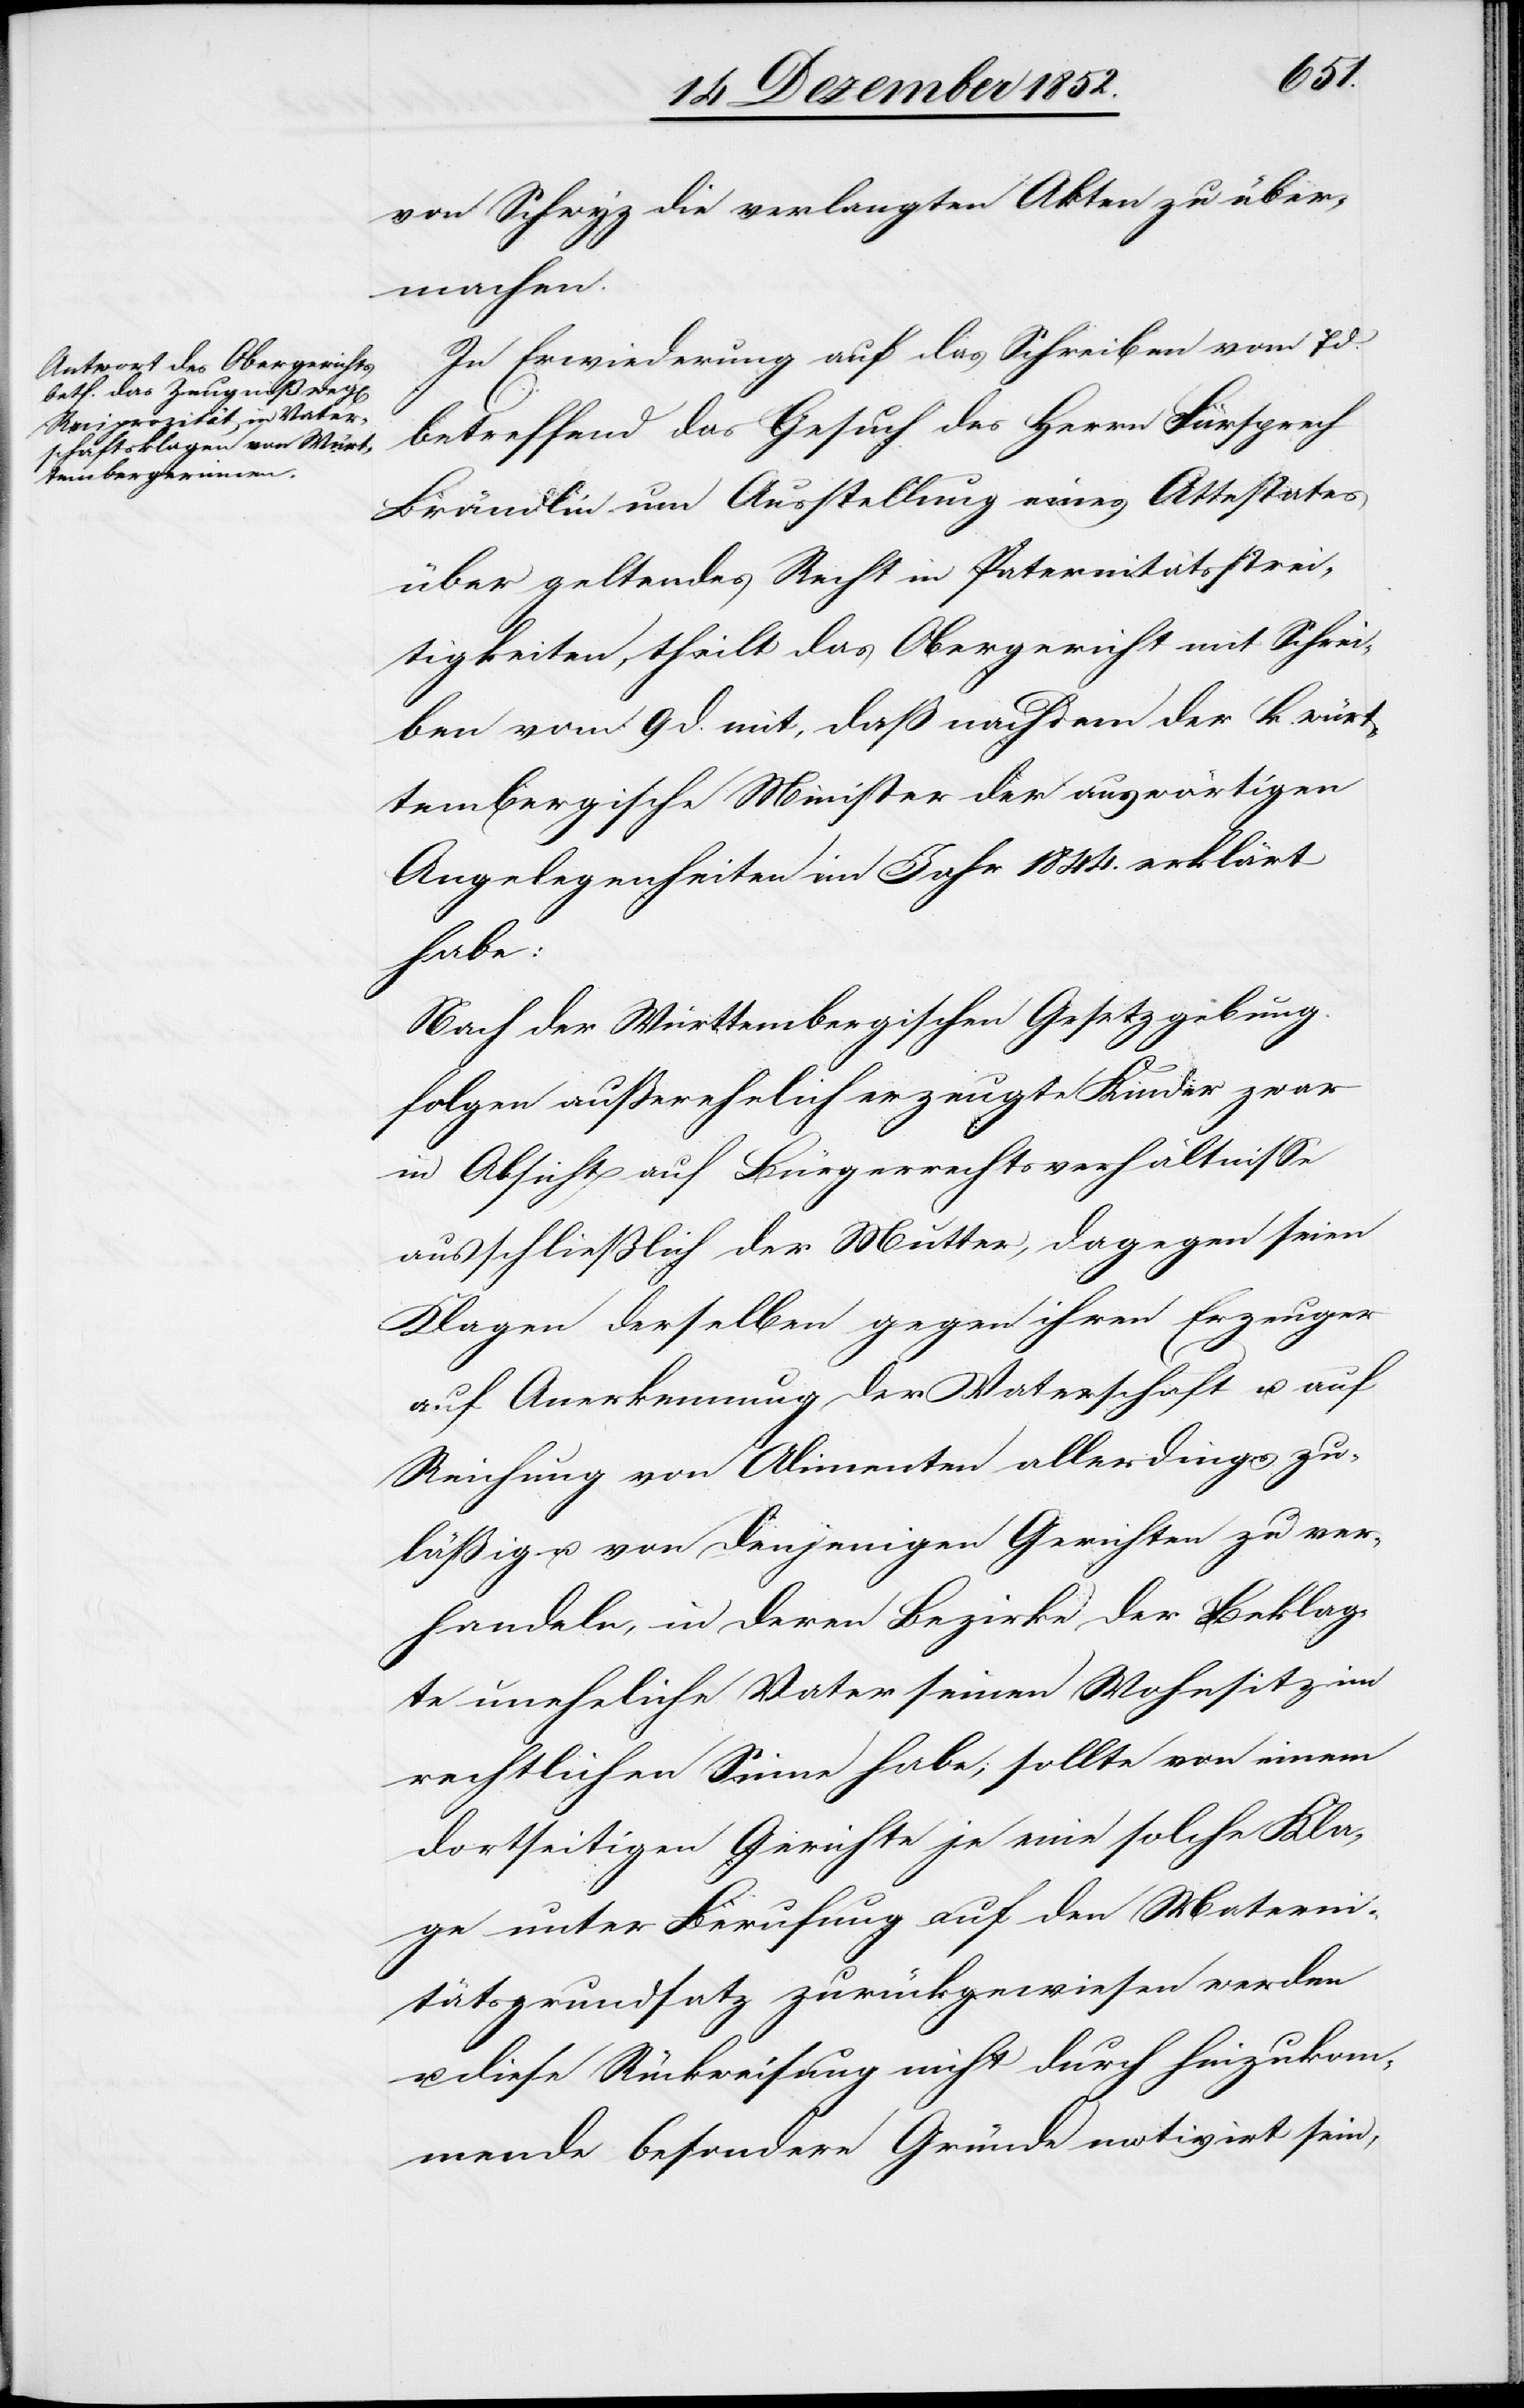
von Schwyz die verlangten Akten zu über¬
machen.
In Erwiederung auf das Schreiben vom 7 d.
betreffend das Gesuch des Herrn Fürsprech
Brändlin um Ausstellung eines Attestates
über geltendes Recht in Paternitätsstrei¬
tigkeiten, theilt das Obergericht mit Schrei¬
ben vom 9 d. mit, daß nachdem der k. würt¬
tembergische Minister der auswärtigen
Angelegenheiten im Jahr 1844. erklärt
habe:
[„]Nach der Württembergischen Gesetzgebung
folgen außerehelich erzeugte Kinder zwar
in Absicht auf Bürgerrechtsverhältnisse
ausschließlich der Mutter, dagegen seien
Klagen derselben gegen ihren Erzeuger
auf Anerkennung der Vaterschaft u. auf
Reichung von Alimenten allerdings zu¬
läßig u. von denjenigen Gerichten zu ver¬
handeln, in deren Bezirke der Beklag¬
te uneheliche Vater seinen Wohnsitz im
rechtlichen Sinne habe; sollte von einem
dortseitigen Gerichte je eine solche Kla¬
ge unter Berufung auf den Materni¬
tätsgrundsatz zurückgewiesen werden
u. diese Rückweisung nicht durch hinzukom¬
mende besondere Gründe motivirt sein,